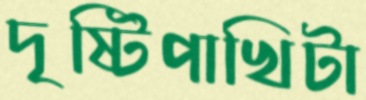
দৃষ্টিপাখিটা